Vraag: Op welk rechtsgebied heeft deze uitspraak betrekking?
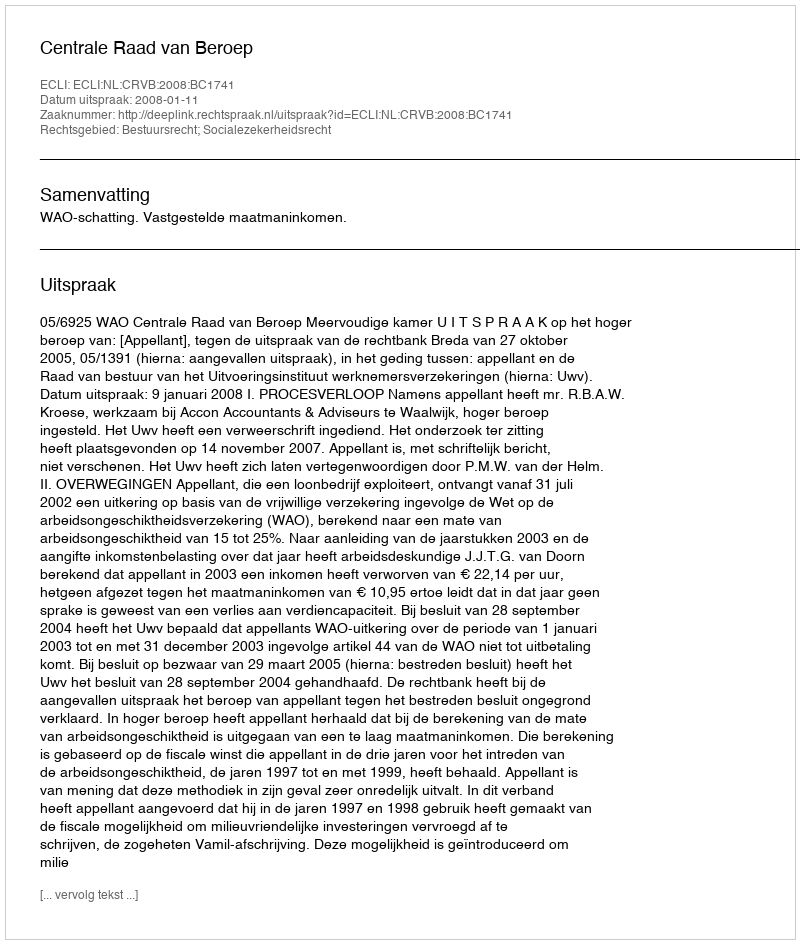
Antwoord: Bestuursrecht; Socialezekerheidsrecht